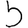
Digit: 5